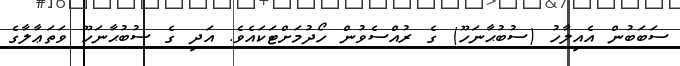
ސަބަބުން އެއިލާހު (ސުބުޙާނަހޫ) ގެ ރުއްސެވުން ހޯދުމަށްޓަކައެވެ. އަދި ގެ ސުބުޙާނަހޫ ވަތަޢާލާގެ